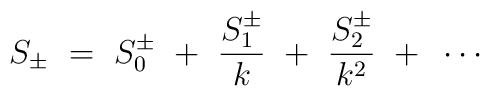
S_{\pm} ~=~ S_{0}^{\pm} ~+~ \frac{S_{1}^{\pm}}{k} ~+~ \frac{S_{2}^{\pm}}{k^2} ~+~ \cdots